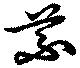
芣